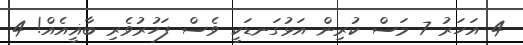
4 އަހަރު 7 މަސް ކުރިން އަޅުގަނޑަކީ ވެސް ފަހުރުވެރި ބާޣީއެއް! 4